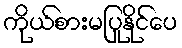
ကိုယ်စားမပြုနိုင်ပေ